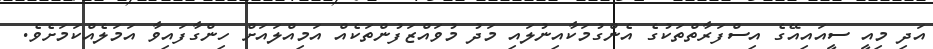
އަދި މިއީ ސީއައިއޭގެ އިސްފަރާތްތަކުގެ އެންގުމަކާއިނުލައި މަދު މުވައްޒަފުންތަކެއް އަމިއްލައަށް ހިންގާފައިވާ އަމަލެއްކަމަށެވެ.